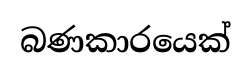
බණකාරයෙක්